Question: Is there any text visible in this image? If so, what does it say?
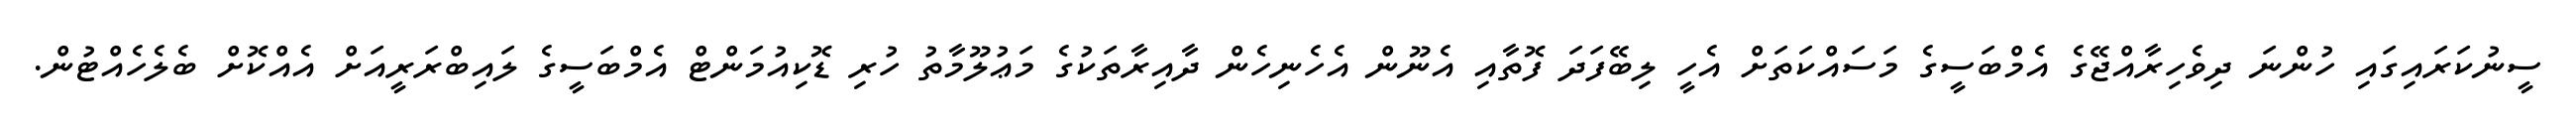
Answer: ސީނުކަރައިގައި ހުންނަ ދިވެހިރާއްޖޭގެ އެމްބަސީގެ މަސައްކަތަށް އެހީ ލިބޭފަދަ ފޮތާއި އެނޫން އެހެނިހެން ދާއިރާތަކުގެ މަޢުލޫމާތު ހުރި ޑޮކިއުމަންޓް އެމްބަސީގެ ލައިބްރަރީއަށް އެއްކޮށް ބެލެހެއްޓުން.